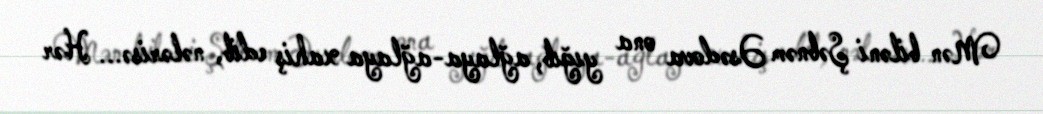
Mən biləni Şəbnəm Əsədova ona yığıb, ağlaya-ağlaya xahiş edib, nələrisə... Hər